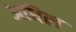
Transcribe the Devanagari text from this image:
अधिल